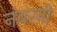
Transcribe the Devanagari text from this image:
नंबरनी